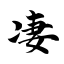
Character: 凄